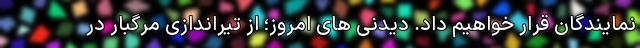
نمایندگان قرار خواهیم داد. دیدنی های امروز؛ از تیراندازی مرگبار در